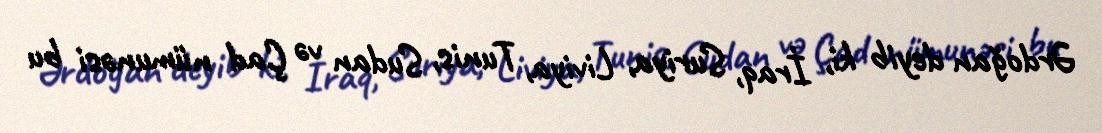
Ərdoğan deyib ki, İraq, Suriya, Liviya, Tunis, Sudan və Çad nümunəsi bu